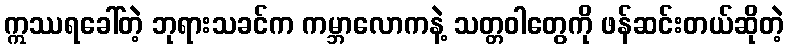
ဣဿရခေါ်တဲ့ ဘုရားသခင်က ကမ္ဘာလောကနဲ့ သတ္တဝါတွေကို ဖန်ဆင်းတယ်ဆိုတဲ့